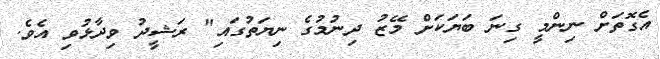
އެގޮތަށް ނިންމީ ގިނަ ބަޔަކަށް މޭޒު ދިނުމުގެ ނިޔަތުގައި" ރަޝީދު ވިދާޅުވި އެވެ.